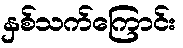
နှစ်သက်ကြောင်း